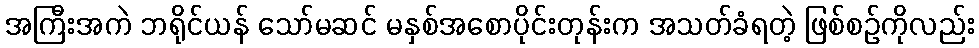
အကြီးအကဲ ဘရိုင်ယန် သော်မဆင် မနှစ်အစောပိုင်းတုန်းက အသတ်ခံရတဲ့ ဖြစ်စဉ်ကိုလည်း